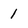
Character: 1